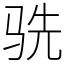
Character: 𬳽